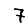
Digit: 7